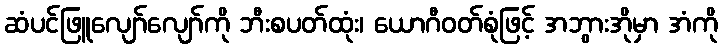
ဆံပင်ဖြူလျော်လျော်ကို ဘီးစပတ်ထုံး၊ ယောဂီဝတ်စုံဖြင့် အဘွားအိုမှာ အံကို